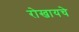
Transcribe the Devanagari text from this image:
रोखायचे